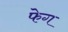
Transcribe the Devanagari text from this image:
फेग